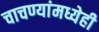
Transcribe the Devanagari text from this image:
चाचण्यांमध्येही